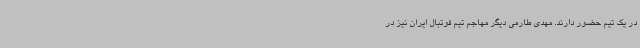
در یک تیم حضور دارند. مهدی طارمی دیگر مهاجم تیم فوتبال ایران نیز در